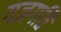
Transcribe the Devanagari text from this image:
गजगति